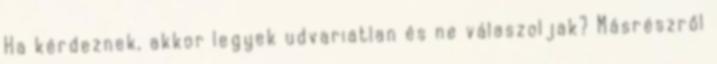
Ha kérdeznek, akkor legyek udvariatlan és ne válaszoljak? Másrészről